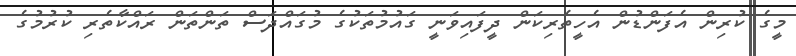
މީގެ ކުރިން އެފަންޑުން އެހީތެރިކަން ދީފައިވަނީ ގައުމުތަކުގެ މުގައްދަސް ތަންތަން ރައްކާތެރި ކުރުމުގެ